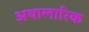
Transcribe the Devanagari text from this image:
अथालारिक